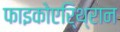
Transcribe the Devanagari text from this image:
फाइकोएरि्थ्रान